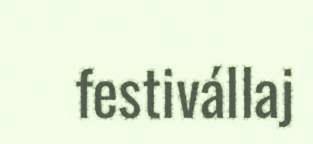
festivállaj